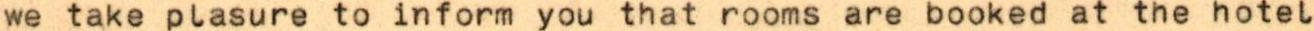
we take plasure to inform you that rooms are booked at the hotel